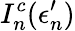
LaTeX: I_{n}^{c}(\epsilon_{n}^{\prime})